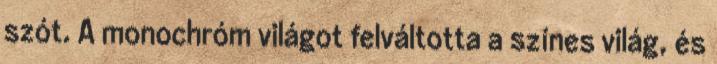
szót. A monochróm világot felváltotta a színes világ, és